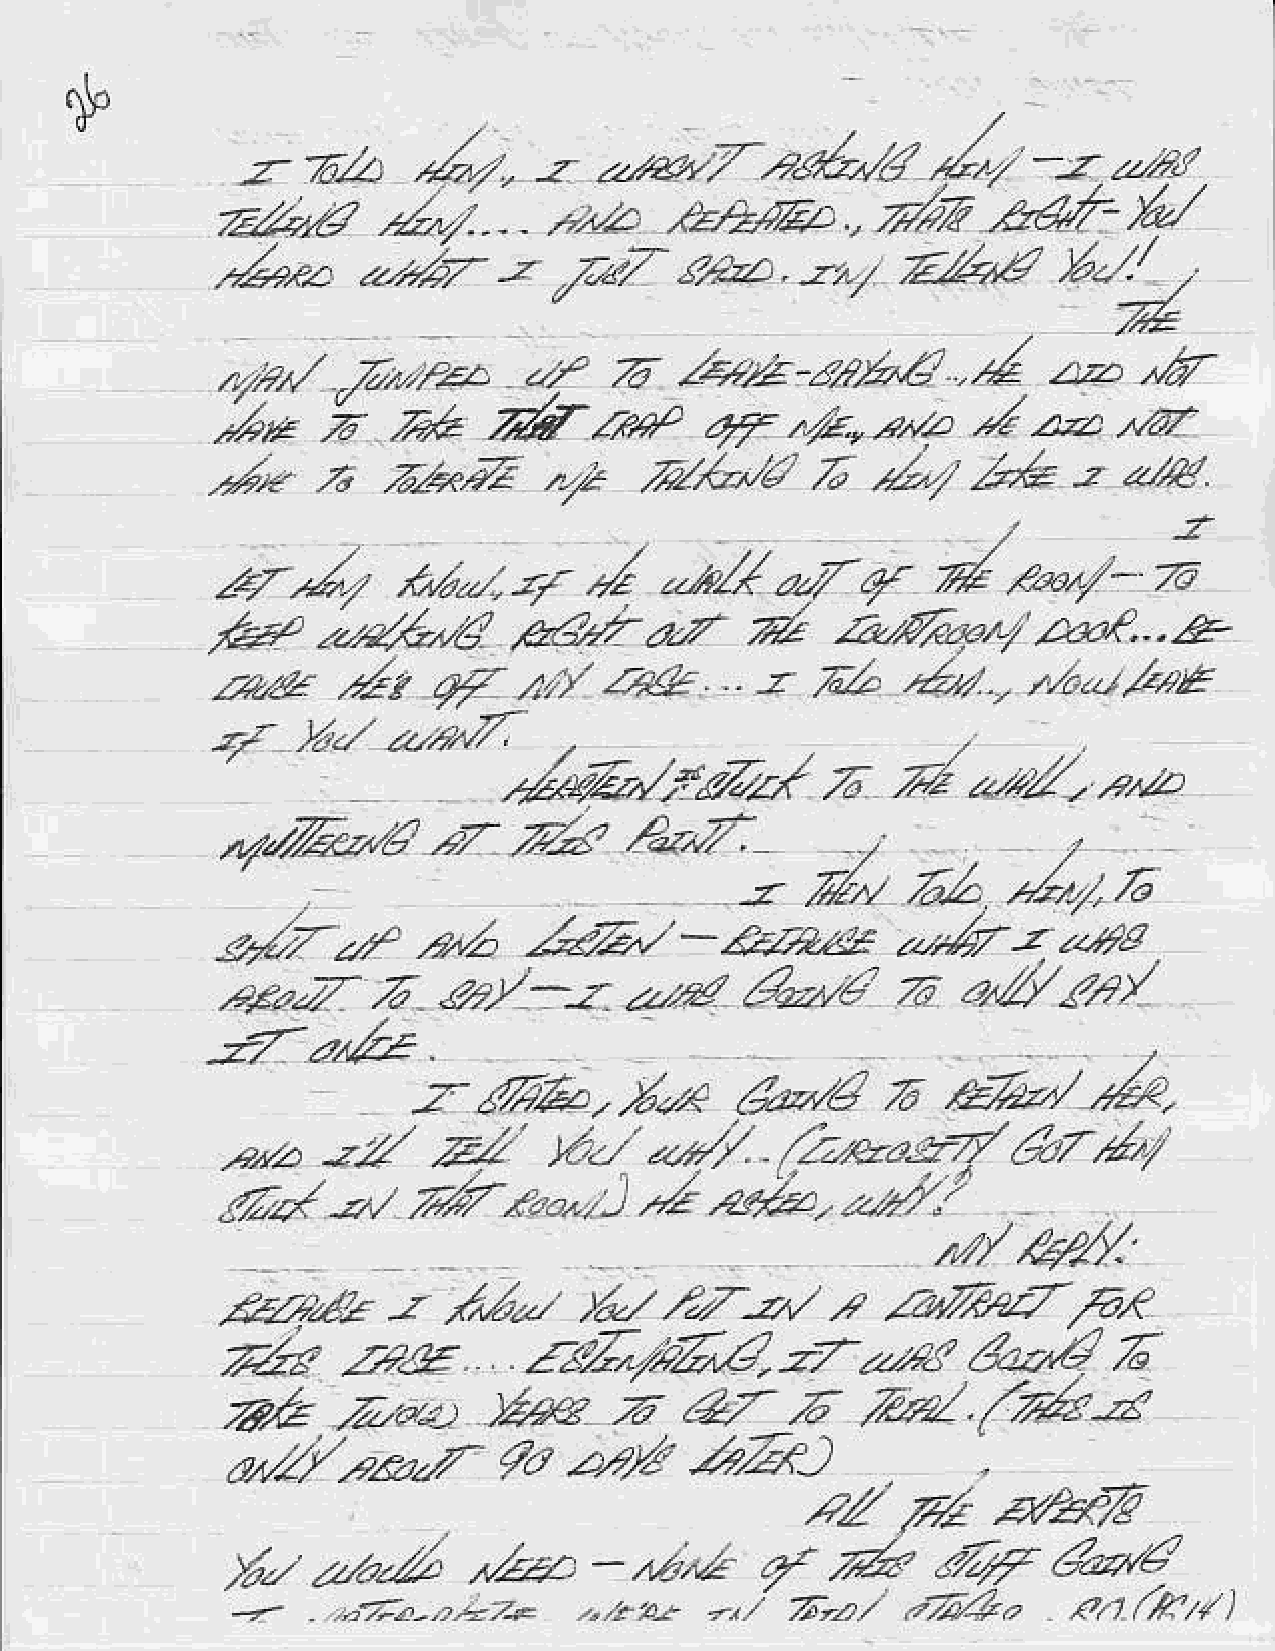
lb
 ,_./
 J,
 z   zL      .2,/.                                     z
 -z  z."et,z-.*4',,/4            -     ,,,e/
 b/
 7!.-a,J   tZ.,/..   . /r//a  .e2/&,      ., /23    ,adz7-
 .
 r-,    *         r2
 ,Zee      o./.r;-  -'.  Zn/    tia..
 t.2*                -f    7   /4r'2's2/d         ,4          -d
 Zz-fAz'                                        .--2,
 2           *,'*                ..t
 )rn         z,*
 47         z,-.. -12.2
 nzaz
 ,ri                   ,l                z
 ,a   ,r.*4?E         ..21^Q/a        2,,7  2.4    "z zw.
 /r,*l-         i
 *"/
 2/          td-/.Z/,y',       -*Z          4'
 z-7
 ep                                  d    a,{rqt,
 a,ax""4      @.za-z                             zvaP...e.
 a*        /t   qf   ,/.'  242      . -z .2,.  2,t..   .. '-./.'E
 -zl   .bt   ztall
 .l
 Zn&,/..rzrrx          .6
 zzzz   , zzt/a
 7z
 P.zZ-
 ,r'/Zt.,g,r/                           _,     _,       /
 -z  ,4!r'/
 aZ    /4/    /- a.
 /&-
 /za,,r
 -- ao /zi 'i . ,2 .*',.        -             ot/z    -z --ts
 &--
 rz/--z          s             z    a^fur'.
 z.               o
 r7',2lb.
 z-r  -   /
 -               -"
 zbF@,/?J7
 -zo                   *    1                  67,*.
 ttu.
 .a^z                                 .Zzea-z-l
 z
 7fr..a.--                    --t.
 .4-2.1",^                       ,44/2.
 ,/r'e*.
 r                            ,
 ,futa          i"Z-
 y',",/ 2.7--z       /zn'.r-2-.a,?
 ,rrt€       fgZ;A.€                      &;1
 ,6
 Z.z-.!                               -?7^--4(
 .
 z
 2E                ER          A.a.6       7rz     /7b-a
 .z---az*
 zbl     b74)              .
 aeov      qa
 an)4
 ?Z           a?aft
 a+z
 ZF           6
 /*t             n/zz    -,.,L      4'.*                4,4
 t    --, z -o -, -z ,z - - --,. .,'a,o      ori"       ,"2/.tr,,